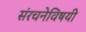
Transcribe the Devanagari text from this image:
संरचनेविषयी